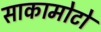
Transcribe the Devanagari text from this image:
साकामोटो